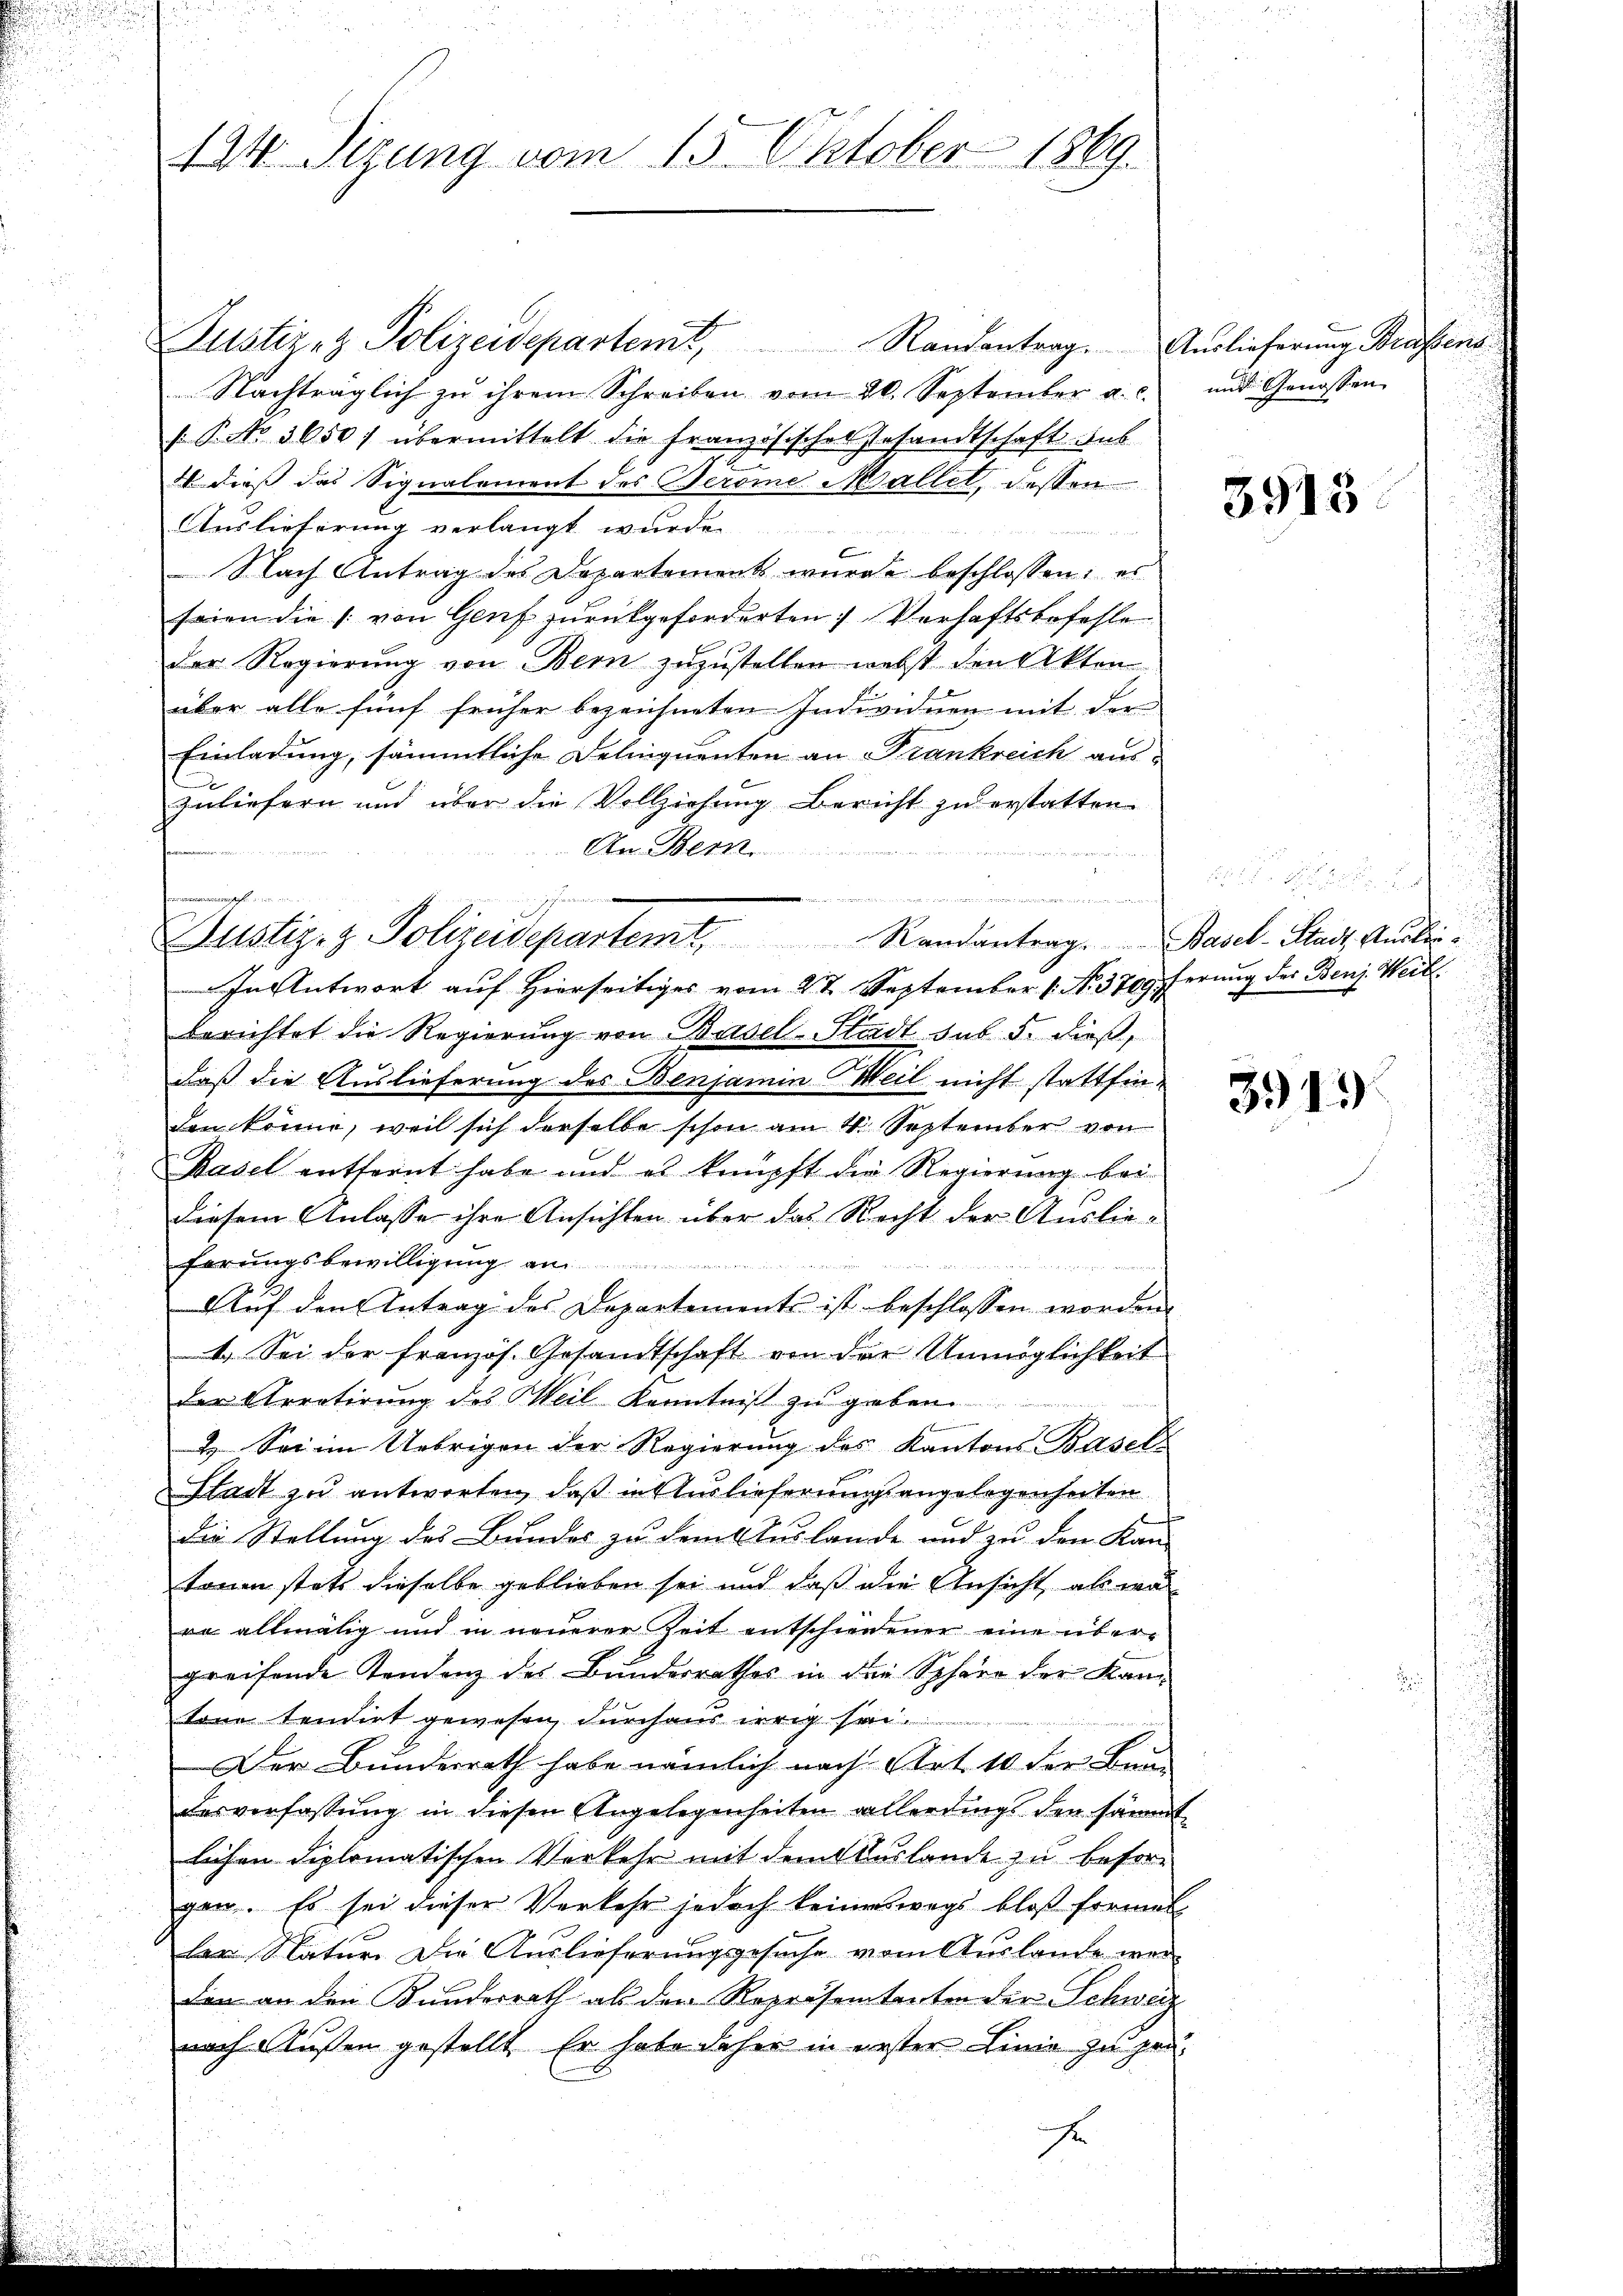
134 Sizung vom 15. Oktober 1869.

Justiret Polizeidepartemt, Randantrag. Auslieferung Brassens
Nachträglich zu ihrem Schreiben vom 20. September a. c.
[: P. No 3650/ übermittelt die französischen Gesandtschaft aus
4. dieß das Signalement des Jerome Mallet, dessen
Auslieferung verlangt wurde
 Nach Antrag des Departement würde beschlossen: es
seien die (: von Genf zurückgeforderten Verhaftsbefehle
der Regierung von Bern zuzustellen nebst den Akten
über alle fünf früher bezeichneten Individuen mit der
Einladung, sämmtliche Delinquenten an Frankreich aus-
zuliefern und über die Vollziehŭng bericht zŭ erstatten.
An Bern

pft un
n
engeregt wir

Dustiz- & Polizeidepartemt. Randantrag. Basel-Stadt Auslei¬
In Antwort auf Hierseitiges vom 2t September No. 3709ferung der Benz. Weit

berichtet die Regierung von Basel-Stadt sub. 5. dieß,
daß die Auslieferung des Benjamin Weil nicht stattfinden könne, weil sich derselbe schon am 4. September von
Basel entfernt habe und es knüpft die Regierung bei
diesem Anlasse ihre Ansichten über das Recht der Auslieferungsbewilligung an
e
  wie
Auf den Antrag des Departements ist beschlossen worden.
4. Sei der französ. Gesandtschaft von der Unmöglichkeit
der Arretirung des Weil Kenntniß zu geben.
4 Sei im Uebrigen der Regierung des Kantons Basels
Stadt zu antworten, daß in Auslieferungsangelegenheiten
die Stellung des Bundes zu dem Tulande und zu den Kan-
tonen statt dieselbe geblieben sei und daß die Ansicht, als wa
re allmälig und in neuerer Zeit entschiedener eine übergreifende Tendenz des Bundesrathes in die Sphäre der Kantone tendirt gewesen, durchaus weig sein.
Der Bundesrath habe nämlich nach Art. 10 der Bun
desverfassung in diesen Angelegenheiten allerdings den sämmt
lichen Diplomatischen Verkehr mit dem Auslande zu besorgen. Es sei dieser Verkehr jedoch keineswegs bloß formel
er Natur. Die Auslieferungsgesuche vom Auslande war
den an den Kundesrath als den Repräsententen der Schweiz
nach Aussen gestellt. Er habe daher in erster Linie zu prä-
F

und Genossen

3915

3913)